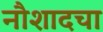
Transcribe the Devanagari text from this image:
नौशादचा